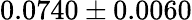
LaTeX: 0.0740\pm 0.0060